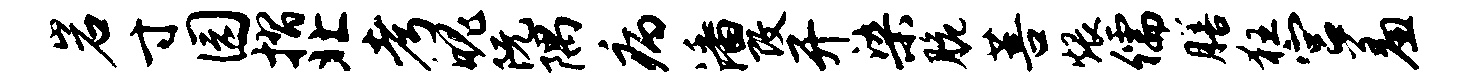
岩寸园摺北考魄阮隅病潘改开染脆菩煨儒膳狂宫羞